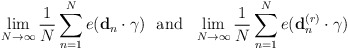
\begin{align*}\lim\limits_{N \rightarrow \infty}\frac{1}{N} \sum\limits_{n=1}^N e(\bold{d}_n \cdot \bold{\gamma}) \,\,\,\, \textrm{and} \,\,\,\, \lim\limits_{N \rightarrow \infty} \frac{1}{N}\sum\limits_{n=1}^N e(\bold{d}_n^{(r)} \cdot \bold{\gamma})\end{align*}